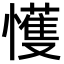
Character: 㦜